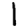
Digit: 1